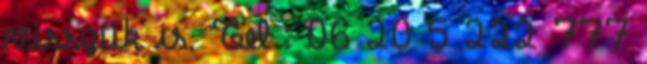
visszük is. Tel : 06 20 5 222 777